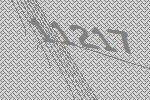
11217